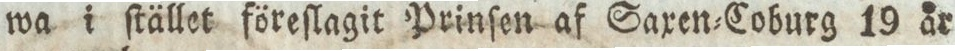
wa i ſtället föreſlagit Prinſen af Saxen=Coburg 19 år